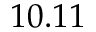
1 0 . 1 1